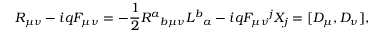
R _ { \mu \nu } - i q F _ { \mu \nu } = - \frac { 1 } { 2 } R ^ { a } { } _ { b \mu \nu } L ^ { b } { } _ { a } - i q F _ { \mu \nu } { } ^ { j } X _ { j } = [ D _ { \mu } , D _ { \nu } ] ,